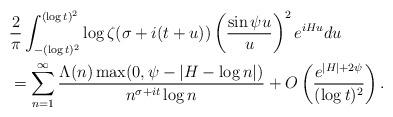
LaTeX: \begin{align*}&\frac{2}{\pi}\int_{-(\log{t})^{2}}^{(\log{t})^{2}} \log\zeta(\sigma+i(t+u))\left( \frac{\sin{\psi u}}{u} \right)^2 e^{iHu}du \\ &= \sum_{n=1}^{\infty} \frac{\Lambda(n)\max(0,\psi-|H-\log{n}|)}{n^{\sigma+it}\log{n}} + O\left( \frac{e^{|H|+2\psi}}{(\log{t})^{2}} \right). \end{align*}